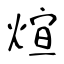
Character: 煊